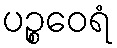
ပဉ္စဝေရံ